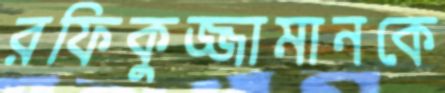
রফিকুজ্জামানকে